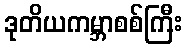
ဒုတိယကမ္ဘာစစ်ကြီး